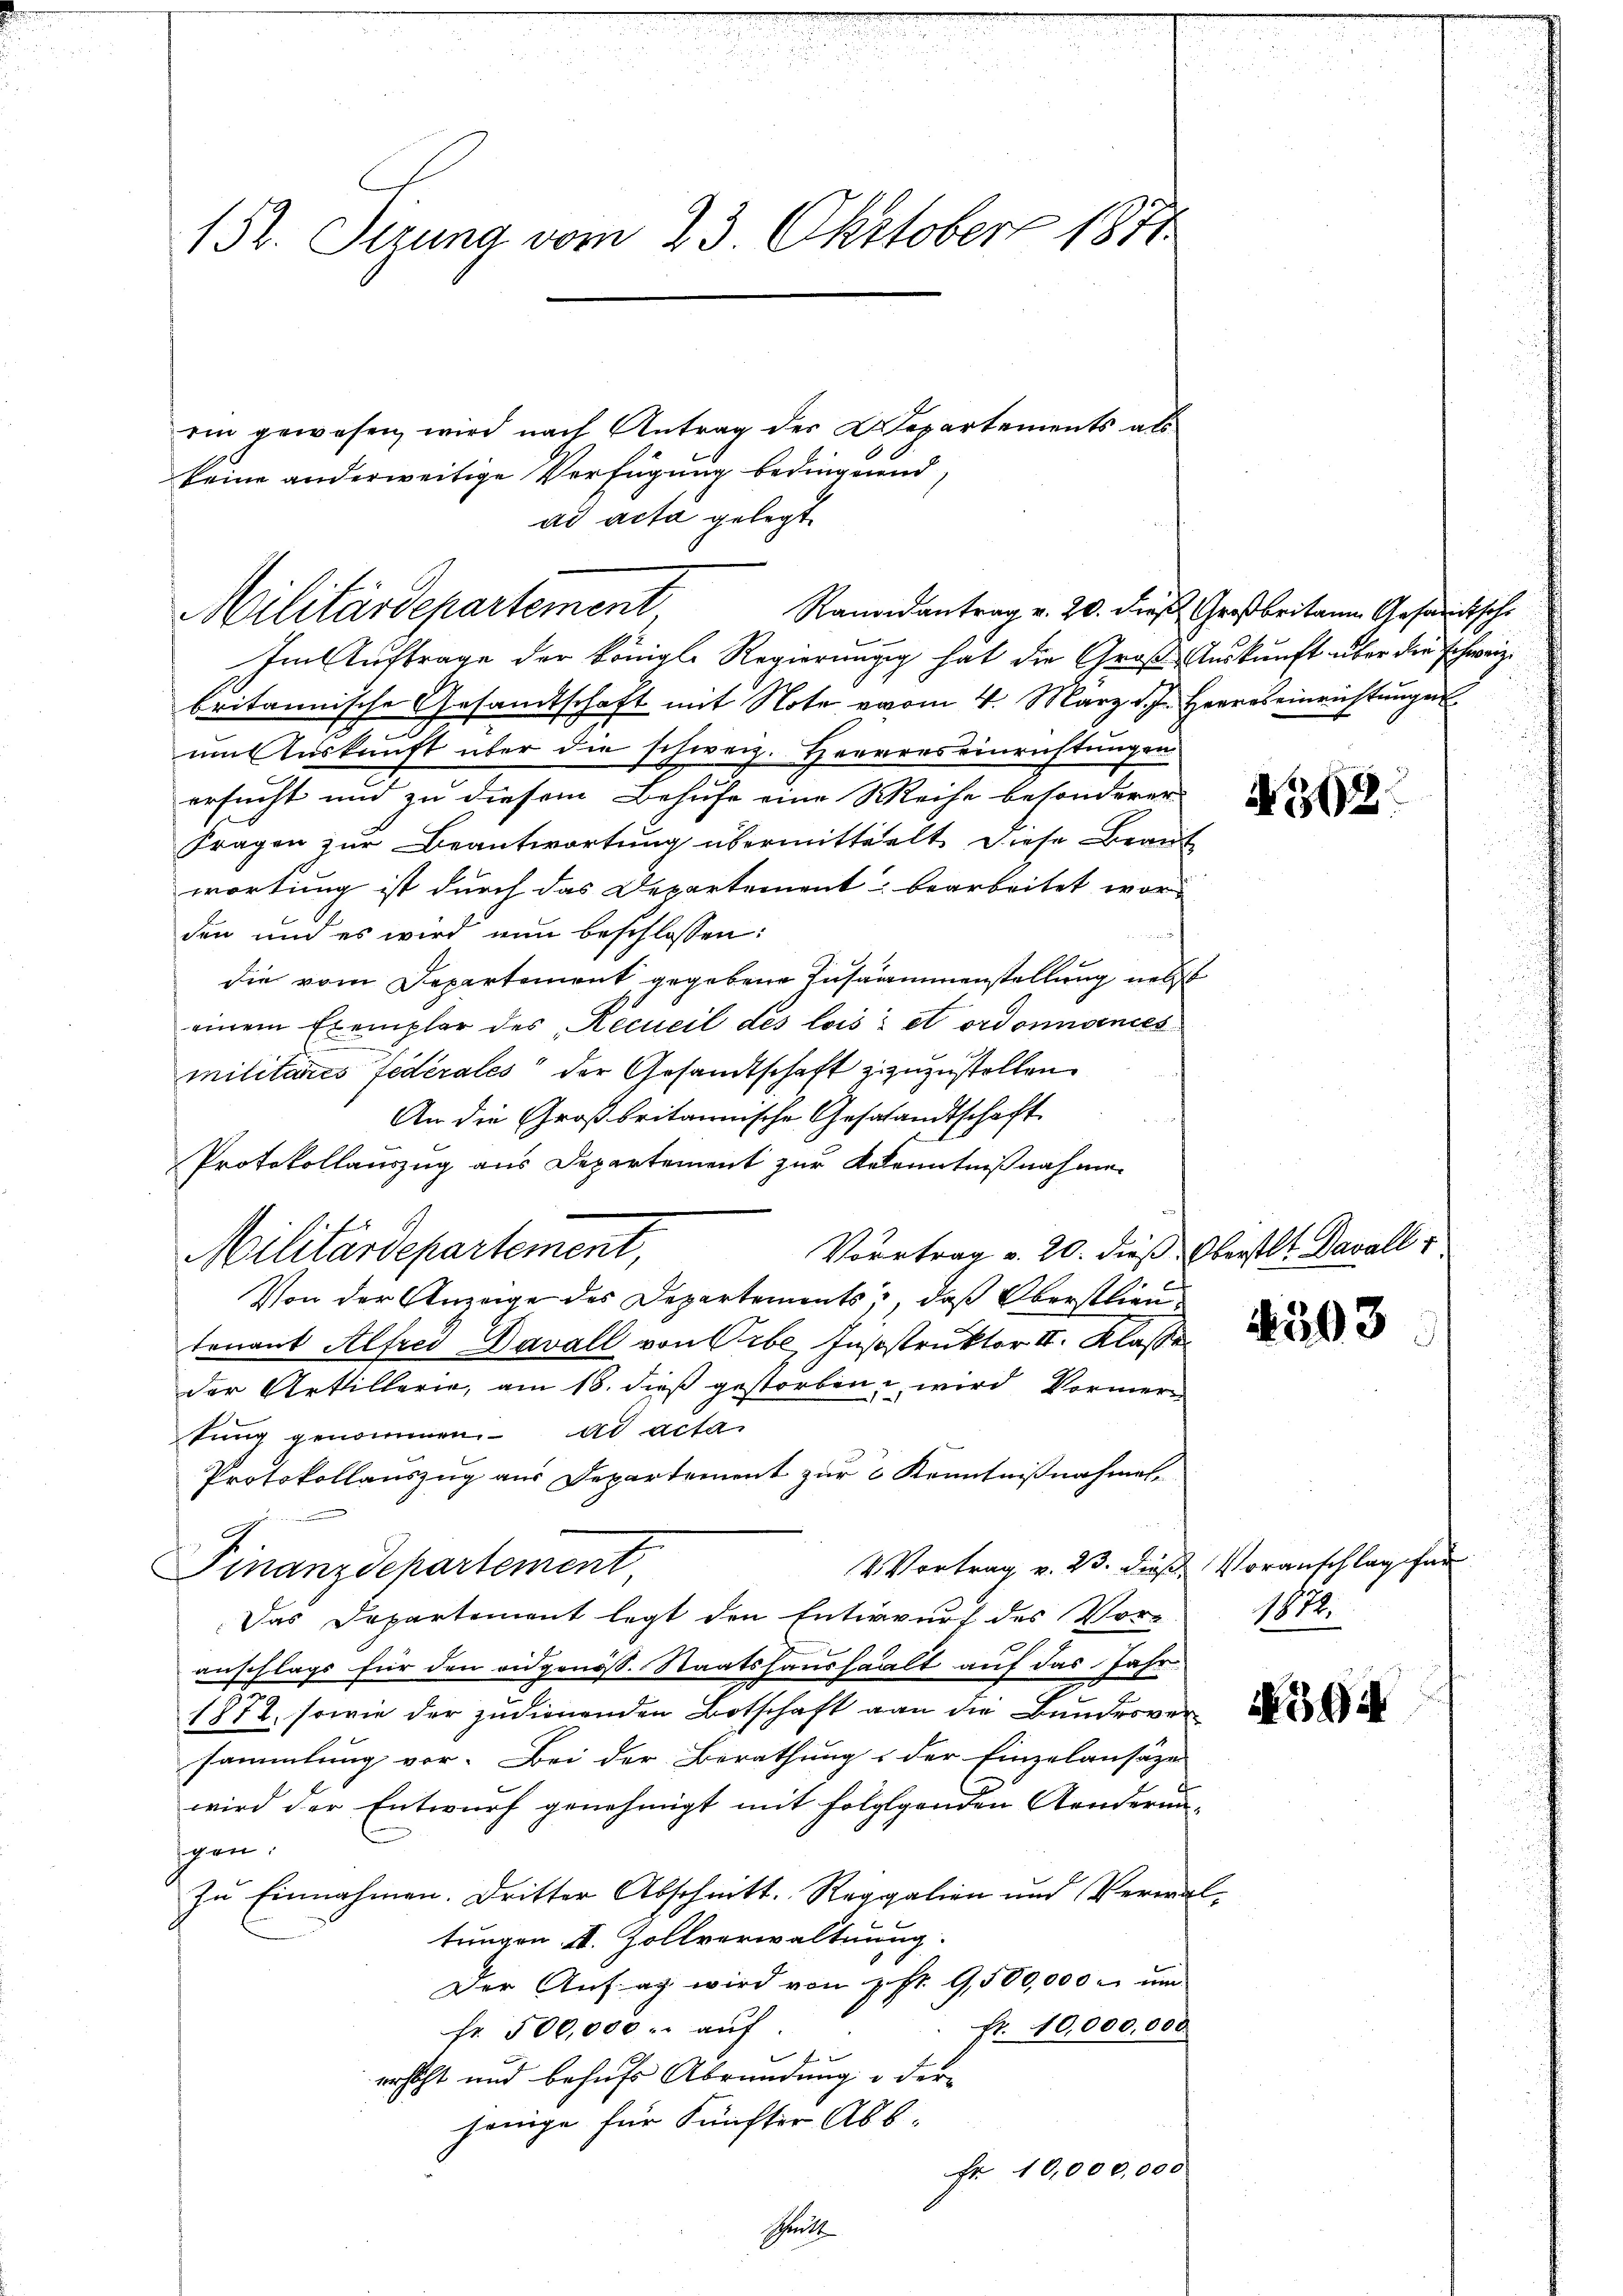
152. Setzung vom 23. Oktober 1871

rin gewesen, wird nach Antrag des K. Departements als
keine anderweitige Verfügung bedingenend,
ad acta gelegt.
Randantrag v. 20. dieß Großbritain Gesandtsche
Militärdepartement
Im Auftrage der Königl. Regierungg hat die Groß- Auskunft über die schweiz.
britannische Gesandtschaft mit Note vom 4. März d. J. Herres einrichtungen
um Auskunft über die schweiz. Herrres einrichtungen
ersucht und zu diesem Behufe eine Weihe besonderer
Fragen zur Beantwortung übermittelt. Diese Braut
wortung ist durch das Departement bearbeitet wor-
den und es wird nun beschlossen:
die vom Departement gegebene Instammenstellung nebst
einem Exemplar des Recueil des lois et ordonnances
militario fédérales der Gesandtschaft zuzuzustellen.
An die Großbritannische Gestandtschaft
Protokollauszug aus Departement zur Kenntnißnahme
Vortrag v. 20. dieß Oberstl. Davall
Militärdepartement,
Von der Anzeige des Departements, daß Oberstlieutenant Alfrei Davall von Pibe, Inststruktor II. Klasse
der Artillerie, am 18. dieß gestorben wird Vormertung genommen. ad acta
Protokollauszug aus Departement zur 6 Kenntnißnahmen,
4 Vortrag v. 23. dieß Voranschlag han
Finanzdepartement,
Das Departement legt den Entwurf des Vor-
anschlags für den eidgenöss. Staatshaushalt auf das Jahr
1872, sowie der zudienenden Botschaft gan die Bundesversammlung vor. Bei der Berathung der Einzulansäze
wird der Entwurf genehmigt mit folglgenden Aenderun-
gen:
Zu Einnahmen. Dritter Abschnitt. Regalien und Verwal-
tungen u. Zollverwaltung.
Der Anfrag wird von post. G,500,000 - um
fr. 40,000,000
Fr. 500,000.- aŭf
erscht und behufs Abrundung u der
jenige für Fünfter Abs.
Fr. 10,000,000
Schritt

N 22

593

1878.

3